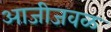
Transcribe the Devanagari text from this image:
आजीजवळ